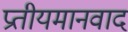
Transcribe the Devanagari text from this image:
प्रतीयमानवाद